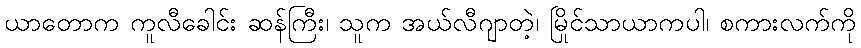
ယာတောက ကူလီခေါင်း ဆန်ကြီး၊ သူက အယ်လီဂျာတဲ့၊ မြိုင်သာယာကပါ၊ စကားလက်ကို